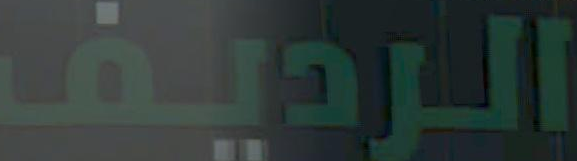
الرديف